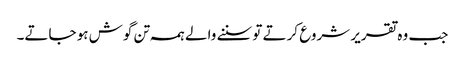
جب و ہ تقریر شروع کرتے تو سننے والے ہمہ تن گوش ہو جاتے۔